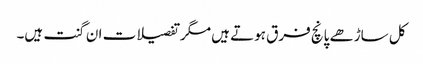
کل ساڑھے پانچ فرق ہوتے ہیں مگر تفصیلات ان گنت ہیں۔